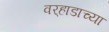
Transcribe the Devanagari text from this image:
वर्‍हाडाच्या